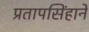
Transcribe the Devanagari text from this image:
प्रतापसिंहानें